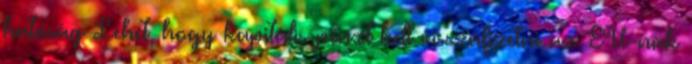
hatóság Lehet, hogy kapitális pénzt kell visszafizetni az EU-nak